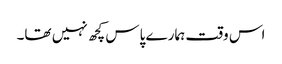
اس وقت ہمارے پاس کچھ نہیں تھا۔